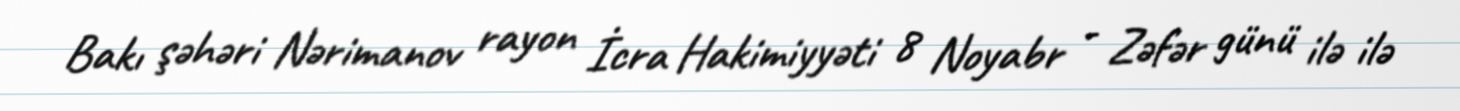
Bakı şəhəri Nərimanov rayon İcra Hakimiyyəti 8 Noyabr - Zəfər günü ilə ilə